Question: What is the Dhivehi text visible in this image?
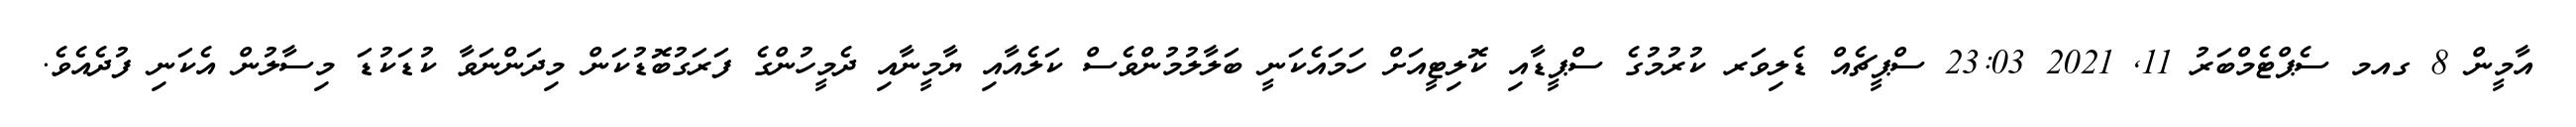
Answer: އާމީން 8 ގއމ ސެޕްޓެމްބަރު 11, 2021 23:03 ސްޕީޗެއް ޑެލިވަރ ކުރުމުގެ ސްޕީޑާއި ކޮލިޓީއަށް ހަމައެކަނީ ބަލާލުމުންވެސް ކަލެއާއި ޔާމީނާއި ދެމީހުންގެ ފަރަގުބޮޑުކަން މިދަންނަވާ ކުޑަކުޑަ މިސާލުން އެކަނި ފުދެއެވެ.